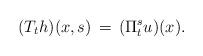
LaTeX: \begin{align*}(T_t h)(x,s) \, = \, (\Pi_t^su )(x).\end{align*}